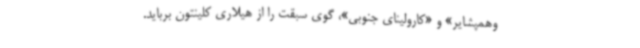
وهمپشایر» و «کارولینای جنوبی»، گوی سبقت را از هیلاری کلینتون برباید.